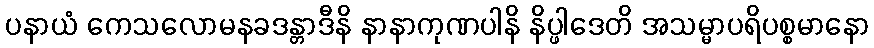
ပနာယံ ကေသလောမနခဒန္တာဒီနိ နာနာကုဏပါနိ နိပ္ဖါဒေတိ အသမ္မာပရိပစ္စမာနော